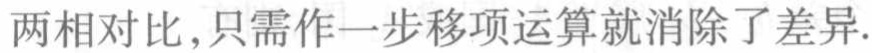
两相对比,只需作一步移项运算就消除了差异.